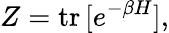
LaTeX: Z=\mathrm{tr}\, [e^{-\beta H}],